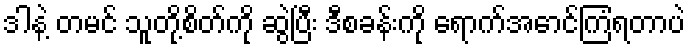
ဒါနဲ့ တမင် သူတို့စိတ်ကို ဆွဲပြီး ဒီစခန်းကို ရောက်အောင်ကြံရတာပဲ